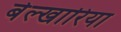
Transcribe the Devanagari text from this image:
बेल्खारिया